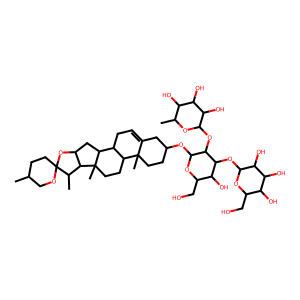
SMILES: CC1CCC2(OC1)OC1CC3C4CC=C5CC(OC6OC(CO)C(O)C(OC7OC(CO)C(O)C(O)C7O)C6OC6OC(C)C(O)C(O)C6O)CCC5(C)C4CCC3(C)C1C2C
Inhibits HIV replication: No